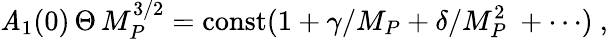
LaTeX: \mathit{A}_{1}(0)\, \Theta\, M_{P}^{3/2}=\mathrm{{const}}(1+\gamma/M_{P}+\delta/M_{P}^{2}\ +\cdots)\ ,